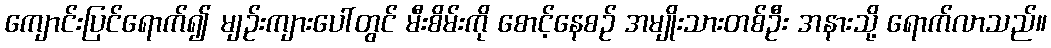
ကျောင်းပြင်ရောက်၍ မျဉ်းကျားပေါ်တွင် မီးစိမ်းကို စောင့်နေစဉ် အမျိုးသားတစ်ဦး အနားသို့ ရောက်လာသည်။